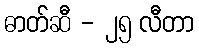
ဓာတ်ဆီ - ၂၅ လီတာ